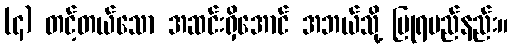
(၄) တင့်တယ်သော အဆင်းရှိအောင် အဘယ်သို့ ပြုရမည်နည်း။